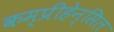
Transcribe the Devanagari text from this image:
कम्प्रीहेन्सिल